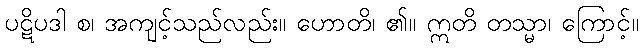
ပဋိပဒါ စ၊ အကျင့်သည်လည်း။ ဟောတိ၊ ၏။ ဣတိ တသ္မာ၊ ကြောင့်။